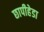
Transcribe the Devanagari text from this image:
छापीहेडा